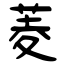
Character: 菱